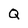
Character: Q